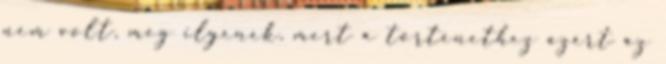
nem volt, meg ilyenek, mert a történethez azért az